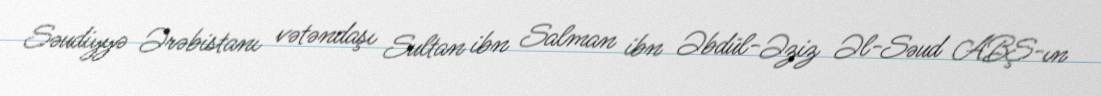
Səudiyyə Ərəbistanı vətəndaşı Sultan ibn Salman ibn Əbdül-Əziz Əl-Səud ABŞ-ın